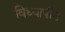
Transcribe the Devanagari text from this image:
विध्यापीठ